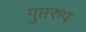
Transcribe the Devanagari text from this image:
गुप्तरुप